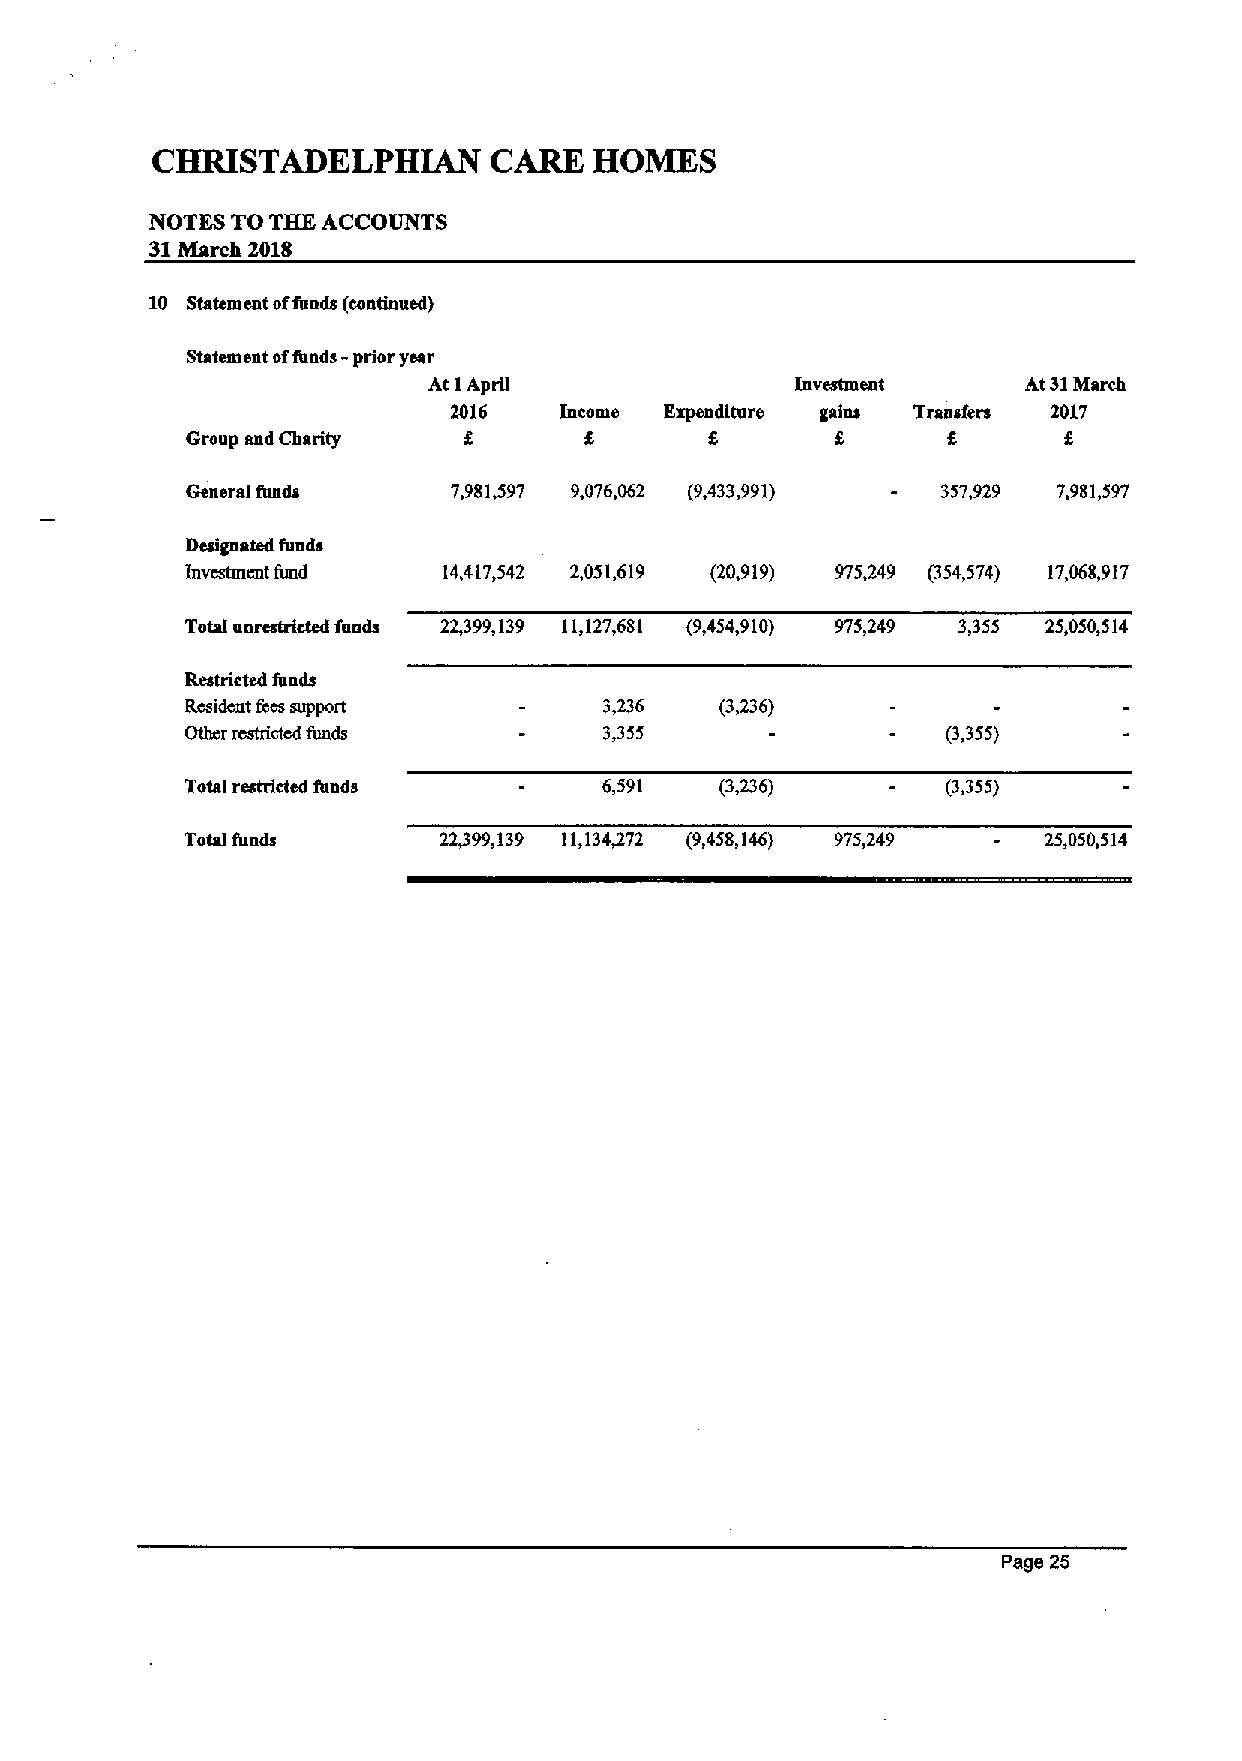
CHMSTADELPHIAN        CARE   HOMES
 NOTES TO THE ACCOUNTS
 31March 2018
 10 Statcmcnt offends (continued)
 Statement offunds - prior year
 At IApril                Investment     At 31March
 2016          Expendtmre gains Transfers 2017
 f
 Group and Charity
 General funds     7,981497 9,076,062 (9,433,991)  357,929 7,981,597
 Destgrmted funds
 Investment ftmd  14,417,542 2,051,619 (20,919) 975349 (354,574) 17,068,917
 Total unrestricted funds 22,399,139 11,127,681 (9,454,910) 975,249 3,355 25,050,514
 Restricted fends
 Resident fccssupport        3,236   (3,236)
 Other rcstrictcd funds      3,355                  (3.355)
 Total restricted funds      6,591   (3236)         (3,355)
 Total funds      22399,139 11,134472 (9,458,146) 975,249 25,050,514
 Page 25